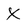
Character: x